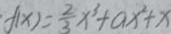
f ( x ) = \frac { 2 } { 3 } x ^ { 3 } + a x ^ { 2 } + x